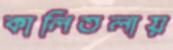
কালিতলায়